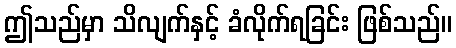
ဤသည်မှာ သိလျက်နှင့် ခံလိုက်ရခြင်း ဖြစ်သည်။